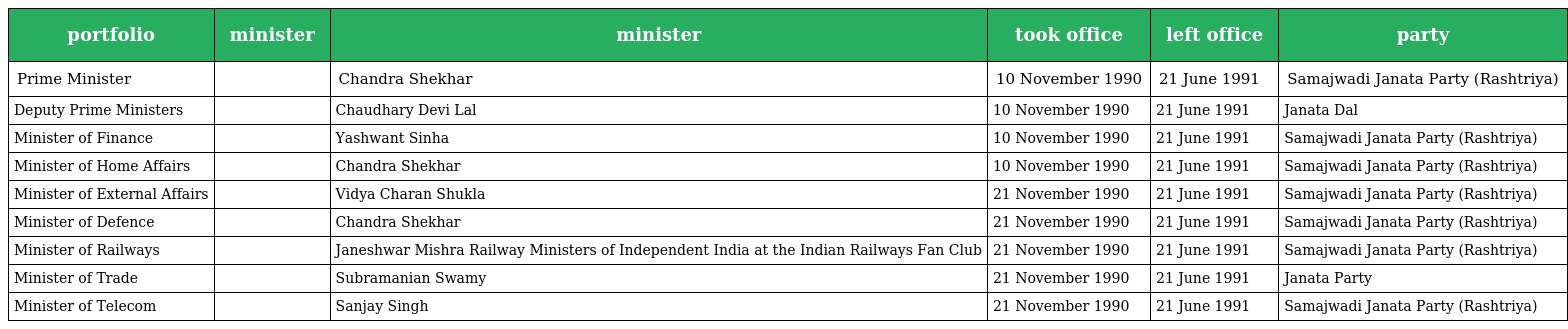
| portfolio | minister | minister | took office | left office | party |
 | --- | --- | --- | --- | --- | --- |
 | Prime Minister |  | Chandra Shekhar | 10 November 1990 | 21 June 1991 | Samajwadi Janata Party (Rashtriya) |
 | Deputy Prime Ministers |  | Chaudhary Devi Lal | 10 November 1990 | 21 June 1991 | Janata Dal |
 | Minister of Finance |  | Yashwant Sinha | 10 November 1990 | 21 June 1991 | Samajwadi Janata Party (Rashtriya) |
 | Minister of Home Affairs |  | Chandra Shekhar | 10 November 1990 | 21 June 1991 | Samajwadi Janata Party (Rashtriya) |
 | Minister of External Affairs |  | Vidya Charan Shukla | 21 November 1990 | 21 June 1991 | Samajwadi Janata Party (Rashtriya) |
 | Minister of Defence |  | Chandra Shekhar | 21 November 1990 | 21 June 1991 | Samajwadi Janata Party (Rashtriya) |
 | Minister of Railways |  | Janeshwar Mishra Railway Ministers of Independent India at the Indian Railways Fan Club | 21 November 1990 | 21 June 1991 | Samajwadi Janata Party (Rashtriya) |
 | Minister of Trade |  | Subramanian Swamy | 21 November 1990 | 21 June 1991 | Janata Party |
 | Minister of Telecom |  | Sanjay Singh | 21 November 1990 | 21 June 1991 | Samajwadi Janata Party (Rashtriya) |